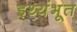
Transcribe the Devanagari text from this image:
इथ्यंभूत